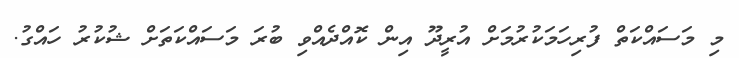
މި މަސައްކަތް ފުރިހަމަކުރުމަށް އުރީދޫ އިން ކޮއްދެއްވި ބުރަ މަސައްކަތަށް ޝުކުރު ހައްގު.